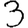
Digit: 3